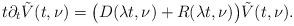
LaTeX: \begin{align*} t\partial_t \tilde V(t,\nu) = \big(D(\lambda t,\nu) + R(\lambda t,\nu)\big) \tilde V(t,\nu).\end{align*}